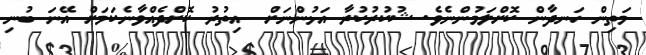
މަތިން ހަނދާން ކޮށްލަމުންނެވެ. ޝުކުރުކުރާ އަޅުންނަށް  އިތުރު ކޮށްދެއްވާނެކަމަށް އޭނަ ބުނި